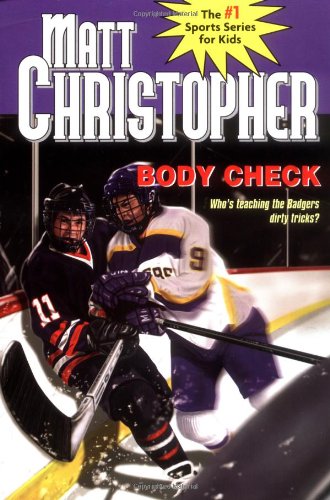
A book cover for Body Check; Matt Christopher; Children's Books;